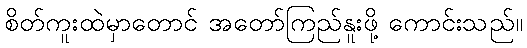
စိတ်ကူးထဲမှာတောင် အတော်ကြည်နူးဖို့ ကောင်းသည်။